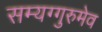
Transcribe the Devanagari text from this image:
सम्यग्गुरुमेव